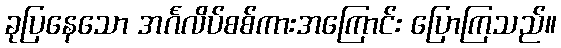
ခုပြနေသော အင်္ဂလိပ်စစ်ကားအကြောင်း ပြောကြသည်။